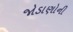
જોડાણોની